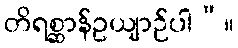
တိရစ္ဆာန်ဥယျာဉ်ပါ”။